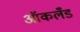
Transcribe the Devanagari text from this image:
आॅकलँड